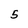
Character: 5